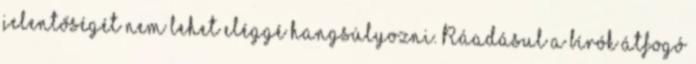
jelentőségét nem lehet eléggé hangsúlyozni. Ráadásul a bírók átfogó